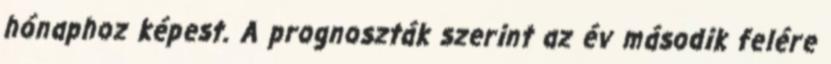
hónaphoz képest. A prognoszták szerint az év második felére